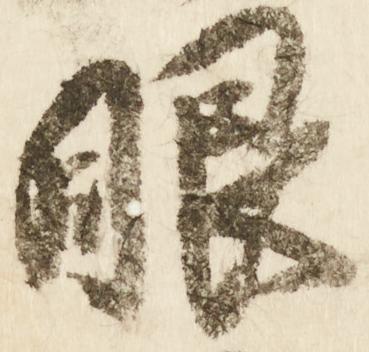
眼